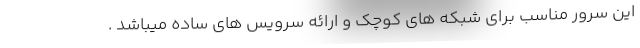
این سرور مناسب برای شبکه های کوچک و ارائه سرویس های ساده میباشد .